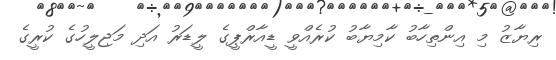
ރިޔާޒު މި އިންތިހާބު ކާމިޔާބު ކުރެއްވީ ޑީއާރްޕީގެ ލީޑަރު އަދި މަޖިލީހުގެ ކުރީގެ